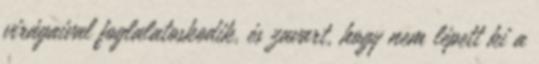
virágaival foglalatoskodik, és zavart, hogy nem lépett ki a